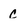
Character: c